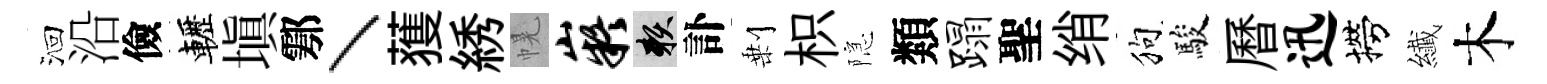
洄沿儉轣塡鄠丶𫉬綉幌嶷賴訃剰枳隠類蹋聖绡狗駿曆迅撈纎木